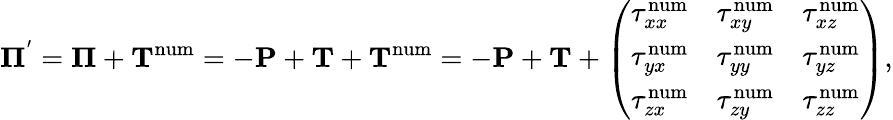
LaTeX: \mathbf\Pi^{'}=\mathbf\Pi+\mathbf T^{\mathrm{num}}=-\mathbf P+\mathbf T+\mathbf T^{\mathrm{num}}=-\mathbf P+\mathbf T+\left(\begin{array}{lcr}{\tau_{xx}^{\mathrm{num}}}&{\tau_{xy}^{\mathrm{num}}}&{\tau_{xz}^{\mathrm{num}}}\\ {\tau_{yx}^{\mathrm{num}}}&{\tau_{yy}^{\mathrm{num}}}&{\tau_{yz}^{\mathrm{num}}}\\ {\tau_{zx}^{\mathrm{num}}}&{\tau_{zy}^{\mathrm{num}}}&{\tau_{zz}^{\mathrm{num}}}\end{array}\right),